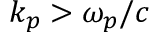
k _ { p } > \omega _ { p } / c